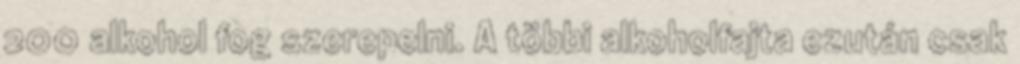
200 alkohol fog szerepelni. A többi alkoholfajta ezután csak